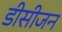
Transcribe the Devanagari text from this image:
डीसीजन